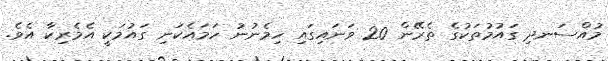
މުުއްސަނދި ގައުމުތަކުގެ ތެރޭން 20 ވަނައިގައި ހިމެނުނު ހަމައެކަނި ގައުމަކީ އެމެރިކާ އެވެ.